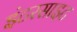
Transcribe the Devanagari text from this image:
इंटरसाइट